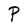
Character: P